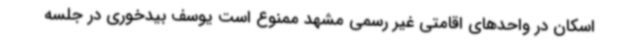
اسکان در واحدهای اقامتی غیر رسمی مشهد ممنوع است یوسف بیدخوری در جلسه